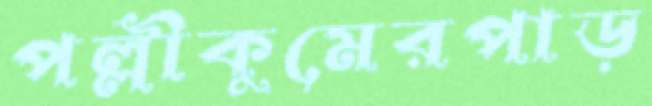
পল্লীকুমেরপাড়